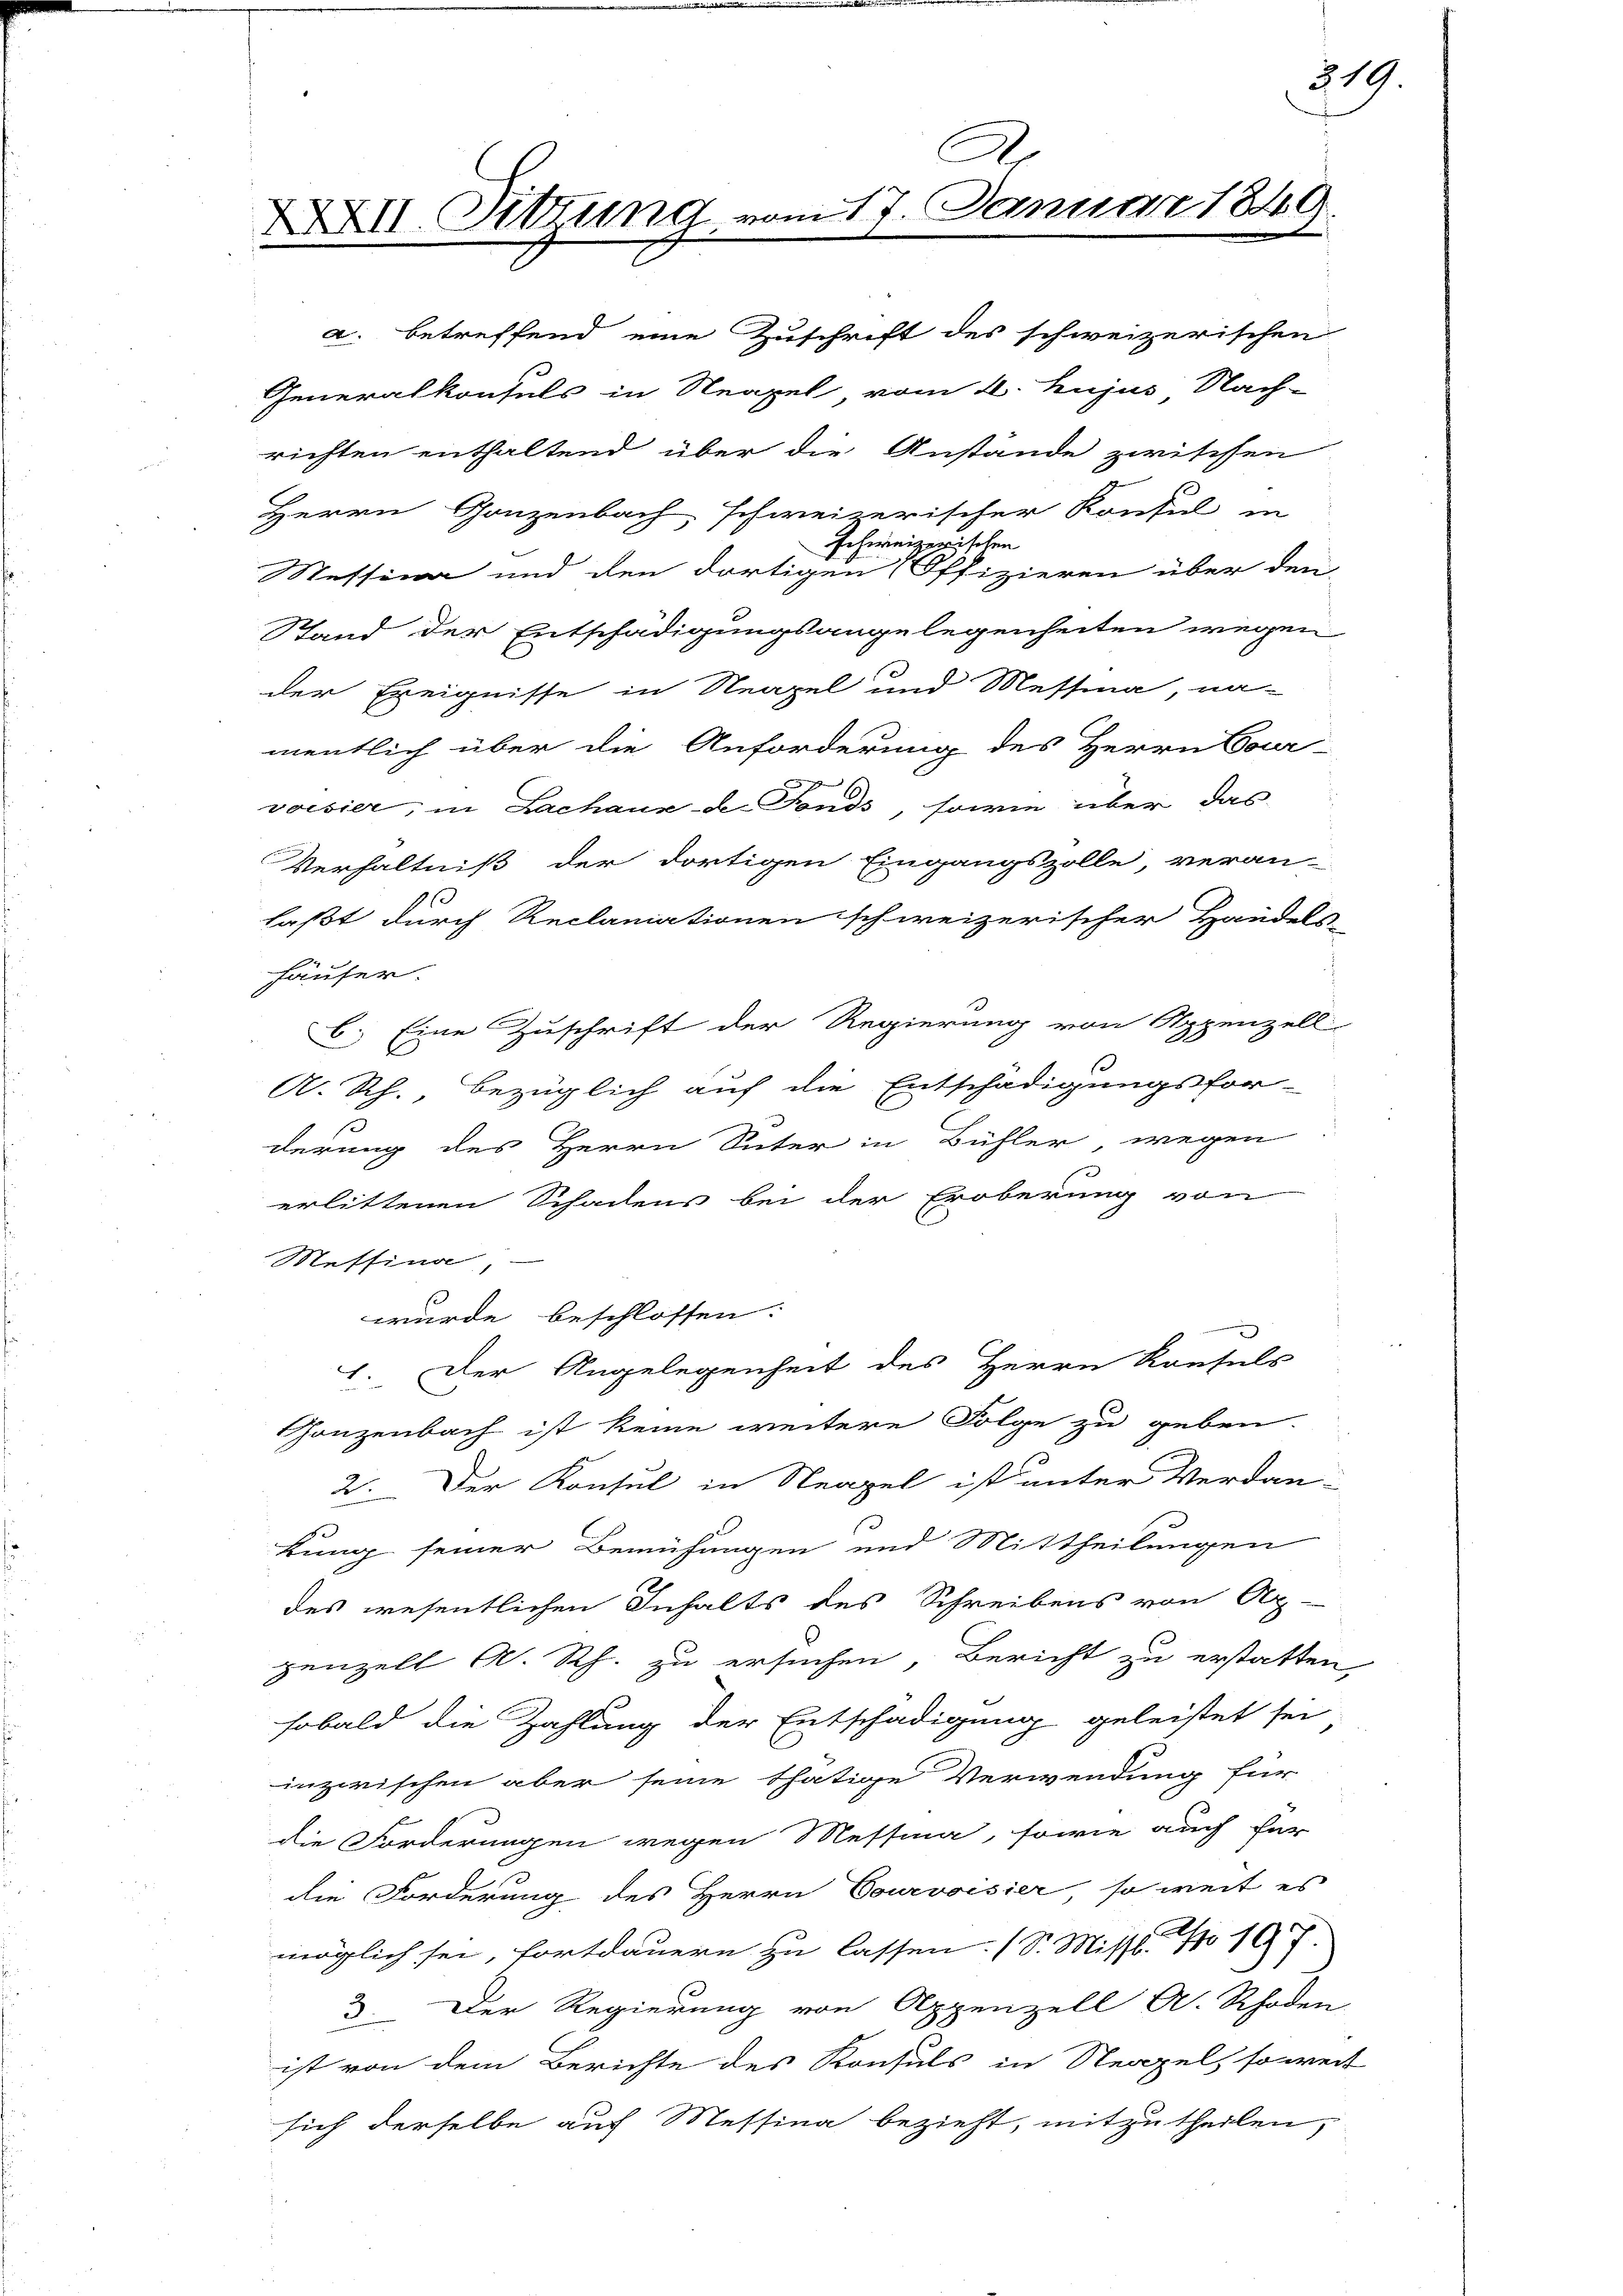
XXXII. Sitzung.

richten enthaltend über die Anstände zwitissen

A
im 17. Januar 184

a. betreffend eine Zuschrift des schweizerischen
Generalkonsuls in Neapel, vom 2. hujus Nach-
C
Herrn Gonzenbach, schweizerischer Konsul in
Schweizerischen
Messina und den dortigen Offizieren über den
Stand der Entschädigungsangelegenheiten wegen
der Ereignisse in Neapel und Messina, na-
mentlich über die Anforderung des Herrn Cour-
voisier; in Lachaux-d. Fonds, sowie über das
Verhältniß der dortigen Eingangszolle, veran-
faßt durch Reclamationen schweizerischer Handels-
häufer.
6. Eine Zuschrift der Regierung von Appenzell
A. Rh., bezüglich auf die Entschädigungsfor-
derung des Herrn Suter in Bühler wegen
erlittenen Schadens bei der Eroberung von
Messina
wurde beschlossen:
1. Der Angelegenheit des Herrn Konsuls
Gonzenbach ist keine weitere Folge zu geben.
2. Der Konsul in Neapel ist unter Verdan-
kung seiner Bemühungen und Mittheilungen
des wesentlichen Inhalts des Schreibens von Ap-
penzell A. Rh. zu ersuchen, Bericht zu erstatten
sobald die Zahlung der Entschädigung geleistet sei
inzwischen aber seine thätige Verwendung für
die Forderungen wegen Messina, sowie auch für
die Forderung des Herrn Courvoisier, so weit es
möglich sei, fortdauern zu lassen. (S. Misst. No 107
3. Der Regierung von Appenzell A. Rhoden
ist von dem Berichte des Konsuls in Neapel, sowei
sich derselbe auf Messina bezieht, mitzutheilen,

819

9

2

t